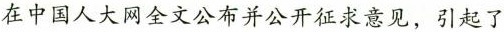
在中国人大网全文公布并公开征求意见，引起了